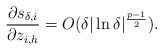
LaTeX: \begin{align*}\frac{\partial s_{\delta,i}}{\partial z_{i,h}}=O(\delta|\ln\delta|^{\frac{p-1}{2}}).\end{align*}